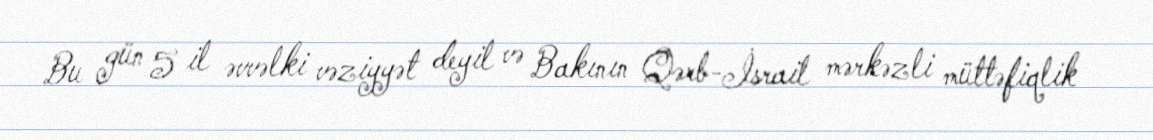
Bu gün 5 il əvvəlki vəziyyət deyil və Bakının Qərb-İsrail mərkəzli müttəfiqlik